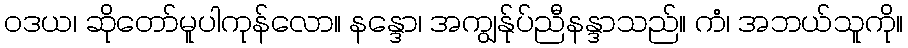
ဝဒယ၊ ဆိုတော်မူပါကုန်လော။ နန္ဒော၊ အကျွန်ုပ်ညီနန္ဒာသည်။ ကံ၊ အဘယ်သူကို။